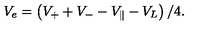
V _ { e } = \left( V _ { + } + V _ { - } - V _ { \| } - V _ { L } \right) / 4 .